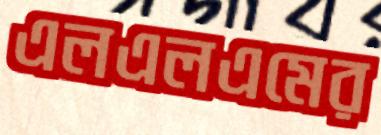
এলএলএমের